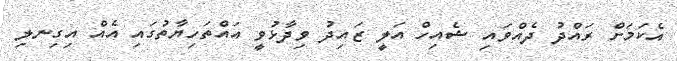
އެކަމަށް ރައްދު ދެއްވައި ޝެއިހް އަލީ ޒައިދު ވިދާޅުވީ އައްތަހިޔާތުގައި އެއް އިގިނލި